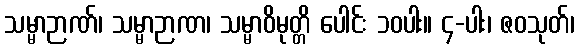
သမ္မာဉာဏ်၊ သမ္မာဉာဏ၊ သမ္မာဝိမုတ္တိ ပေါင်း ၁၀ပါး။ ၄-ပါး၊ ဇဝသုတ်၊